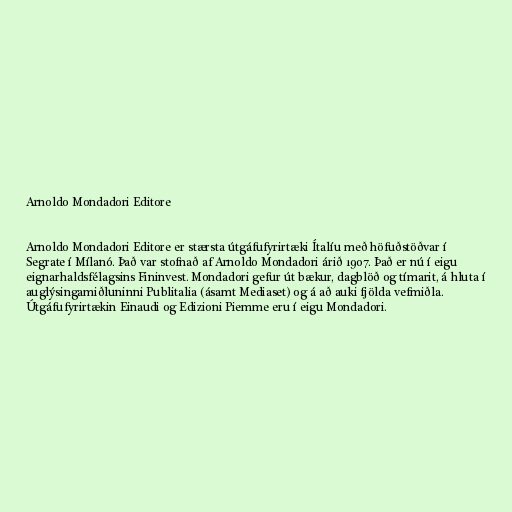
Arnoldo Mondadori Editore

Arnoldo Mondadori Editore er stærsta útgáfufyrirtæki Ítalíu með höfuðstöðvar í
Segrate í Mílanó. Það var stofnað af Arnoldo Mondadori árið 1907. Það er nú í eigu
eignarhaldsfélagsins Fininvest. Mondadori gefur út bækur, dagblöð og tímarit, á hluta í
auglýsingamiðluninni Publitalia (ásamt Mediaset) og á að auki fjölda vefmiðla.
Útgáfufyrirtækin Einaudi og Edizioni Piemme eru í eigu Mondadori.